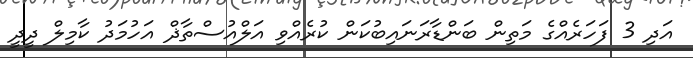
އަދި 3 ފަހަރެއްގެ މަތިން ބަންޑާރަނައިބުކަން ކުރެއްވި އަލްއުސްތާޛް އަހުމަދު ކާމިލް ދީދީ